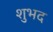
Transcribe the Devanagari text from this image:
शुभद